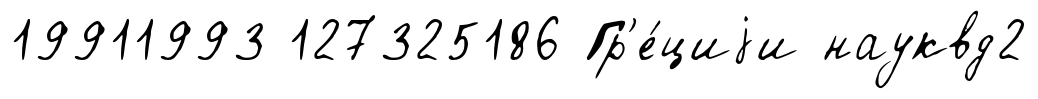
19911993 127325186 Гр'е́циjи науквд2